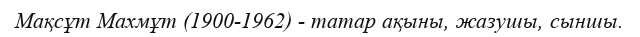
Мақсұт Махмұт (1900-1962) - татар ақыны, жазушы, сыншы.